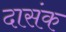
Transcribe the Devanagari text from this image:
दासंक